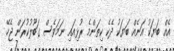
އެއް ބަޔަކު އަނެއް ބަޔަކު ދެކެ ކިތަންމެ ރުޅިއައި ނަމަވެސް ގަބޫލުކުރަން ޖެހޭ